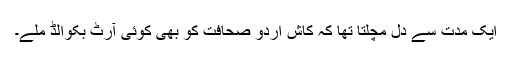
ایک مدت سے دل مچلتا تھا کہ کاش اردو صحافت کو بھی کوئی آرٹ بکوالڈ ملے۔